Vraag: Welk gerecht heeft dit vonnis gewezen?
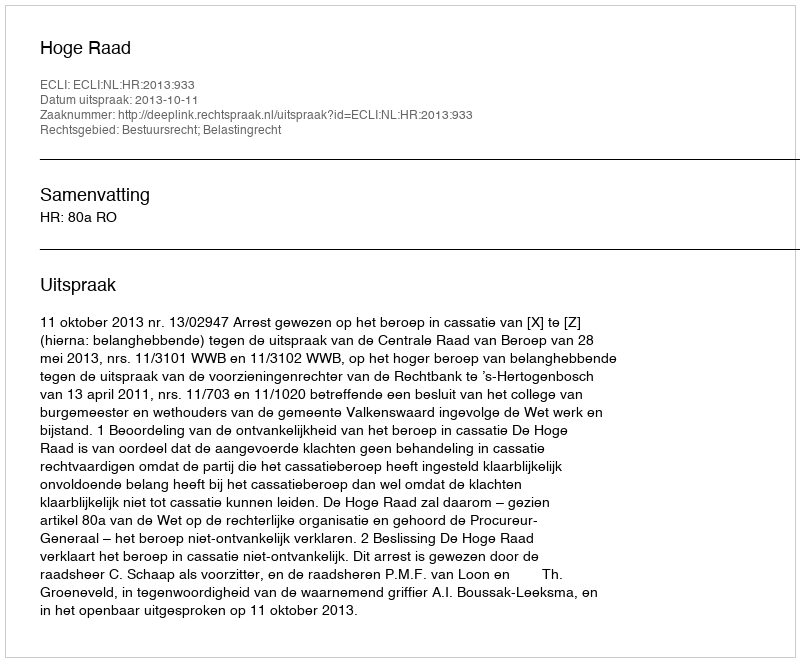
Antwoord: Hoge Raad